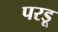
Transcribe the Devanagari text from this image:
परडू